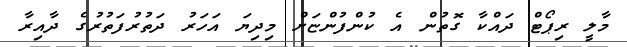
މާލީ ރިޕޯޓް ދައްކާ ގޮތުން އެ ކުންފުންޏަށް މިދިޔަ އަހަރު ދަތުރުފަތުރުގެ ދާއިރާ